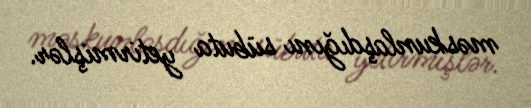
məskunlaşdığını sübuta yetirmişlər.